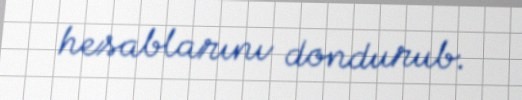
hesablarını dondurub.